system: You are a helpful assistant.
user:
Analyze the provided spectrum to determine if it is a **Carbon Star (C-type)**.

- **Key Visual Indicators of Carbon Star:**
    - **(Primary):** Strong molecular absorption from **C₂ (diatomic carbon) "Swan Bands."** This is the **defining feature** of a carbon star.
        - **(Key Bandheads):** Sharp absorption edges are visible at approximately $5635$ Å, $5165$ Å (the strongest band), and $4737$ Å.
        - **(Line Profile):** Creates a distinct **"saw-tooth"** pattern. The key morphology is a sharp, steep bandhead on the **red (long-wavelength) side**, which then gradually tapers off (i.e., flux recovers) towards the **blue (short-wavelength) side**. *(This is the direct opposite of the TiO bands seen in M-type stars)*.

    - **(Secondary):** Intense **CN (cyanogen)** molecular absorption bands.
        - **(Key Bandheads):** Located in the blue and violet regions of the spectrum (e.g., near $4215$ Å and $3883$ Å).
        - **(Morphology):** These bands are extremely broad and act as a "blanket," absorbing the vast majority of blue and violet light. This creates a characteristic **"cliff"** or **"steep drop-off"** in the spectrum's flux at short wavelengths.

    - **(Key Confirmation):** Strong **CH absorption band (G-band)**.
        - **(Key Bandhead):** Located around $4300$ Å. The contribution from CH molecules to this band is exceptionally strong.

    - **(Overall Spectrum):**
        - The continuum is severely "chopped up" by these deep molecular bands, especially C₂, rather than appearing as a smooth curve.
        - Due to the heavy CN and C₂ absorption in the blue-green, the vast majority of the star's flux is concentrated in the red part of the spectrum, giving the star its characteristic deep red color.

Think first, call **spectral_visualization_tool** if needed to examine features in detail, then provide your final answer. Your response must adhere to the following strict rules:
1.  **Overall Structure:** Your response must follow the format `<think>...</think> <tool_call>...</tool_call> (if a tool is used) <answer>...</answer>`.
2.  **Tool Usage Constraint:** You may only make **one** tool call per turn.
3.  **Final Answer Format:** In the `<answer>` tag, your conclusion must be inside a `\boxed{}` command (e.g., `\boxed{YES}`), followed by your justification.

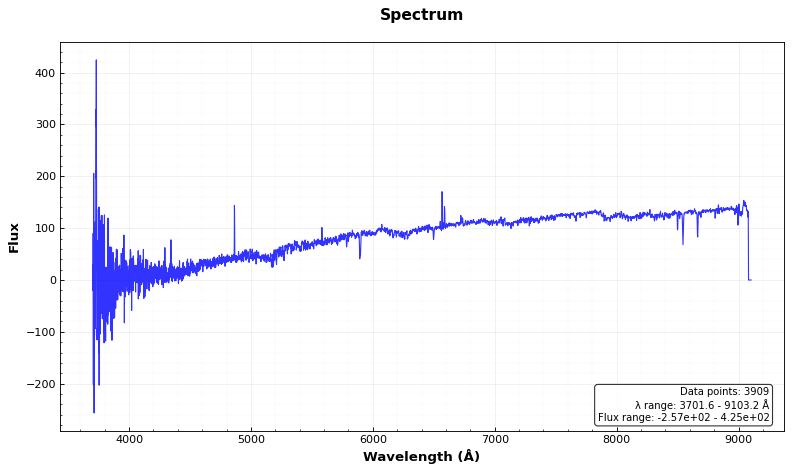
Answer: NO